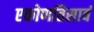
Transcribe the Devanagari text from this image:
एकोणतिसावं